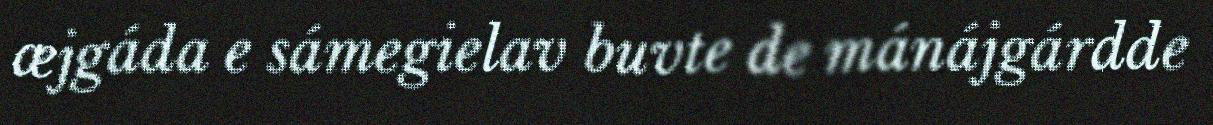
æjgáda e sámegielav buvte de mánájgárdde